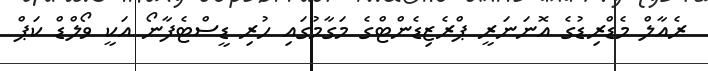
ރެއާލް މެޑްރިޑުގެ އޮނަނަރީ ޕްރެޒިޑެންޓްގެ މަގާމުގައި ހުރި ޑީސްޓެފާނޯ އަކީ ވޯލްޑް ކަޕް